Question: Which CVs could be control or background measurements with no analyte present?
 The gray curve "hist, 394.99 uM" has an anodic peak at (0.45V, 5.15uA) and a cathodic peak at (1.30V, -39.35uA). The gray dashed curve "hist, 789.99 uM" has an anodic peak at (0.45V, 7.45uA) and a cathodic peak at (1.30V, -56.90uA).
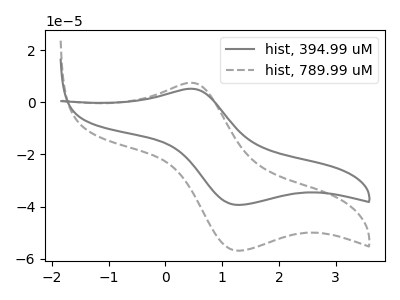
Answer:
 <answer>There are not any CV's on this graph that are likely to be blanks.</answer>
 <eval>none</eval>